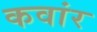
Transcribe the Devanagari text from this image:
कवांर